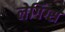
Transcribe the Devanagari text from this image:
लेगिंग्स